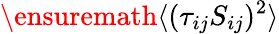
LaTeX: \ensuremath{\langle(\tau_{ij}S_{ij})^{2}\rangle}